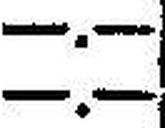
—.—